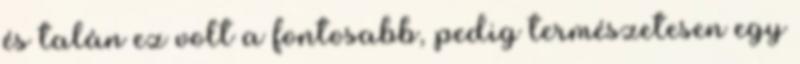
és talán ez volt a fontosabb, pedig természetesen egy